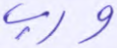
ورب